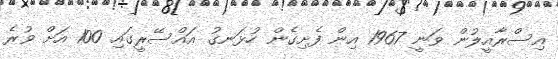
އިސްރާއީލުން ވަނީ 1967 އިން ފެށިގެން ހުޅަނގު އައްސޭރީގައި 100 އަށް ވުރެ